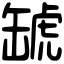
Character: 𧇍